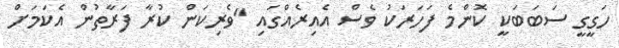
ހަގީގީ ސަބަބަކީ ކޮންމެ ފަހަރަކު ވެސް އެއިރެއްގައި "ވެރިކަން ކުރާ ފަރާތުން އެކަމަށް